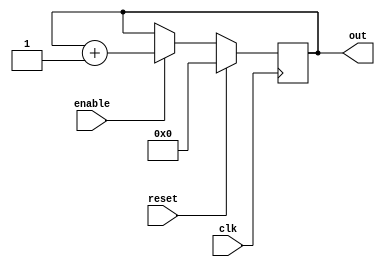
/*Important: Once you run ./a.out, it will keep running infinitely, because it is in an always block. You need to hit Ctrl +Z to stop it, else, the vcd will become a large file and will never end.

*/

`timescale 1ns/1ps

module up_counter    (
out     ,  // Output of the counter
enable  ,  // enable for counter
clk     ,  // clock Input
reset      // reset Input
);

output [3:0] out;
//you can alternately write this as output reg [7:0] out;
input enable, clk, reset;
//------------Internal Variables--------
reg [3:0] out; 



always @(posedge clk)
if (reset) begin //reset ==1
  out = 4'b0 ;
end 
else if (enable) begin
  out = out + 1;
end

endmodule 


module upcounter_testbench();
reg clk, reset, enable;
wire [3:0] out;

//create an instance of the design
up_counter dut(out, enable, clk, reset);

initial begin

//note that these statements are sequential.. execute one after the other 

$dumpfile ("count.vcd"); 
$dumpvars(0,upcounter_testbench);

clk=0;  //at time=0
enable=0;  //at time=0
reset=1;//at time=0

#20; //delay 20 units
reset=0; //after 20 units of time, reset becomes 0
enable=1; //at the same time, at time=20, enable is made 1

//Try this statement instead:
//#10 enable=1; //enable is made 1 at 30 units of time. Note the difference in the waveform

end


always 
#5 clk=~clk;  // toggle or negate the clk input every 5 units of time


endmodule